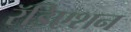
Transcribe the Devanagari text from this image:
रॅडिएशन